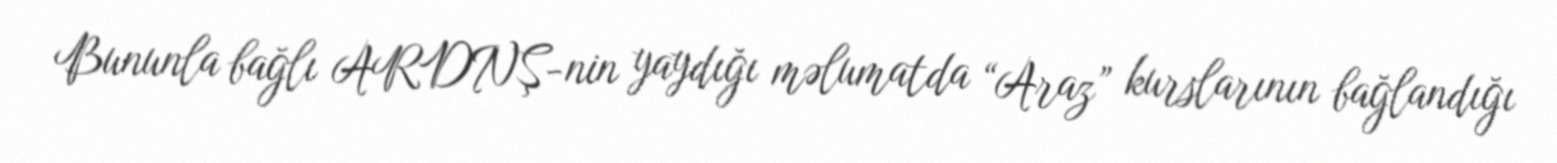
Bununla bağlı ARDNŞ-nin yaydığı məlumatda “Araz” kurslarının bağlandığı